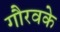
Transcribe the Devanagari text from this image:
गौरवके